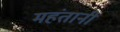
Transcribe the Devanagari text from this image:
महंतानी